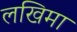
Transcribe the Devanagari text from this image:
लखिमा